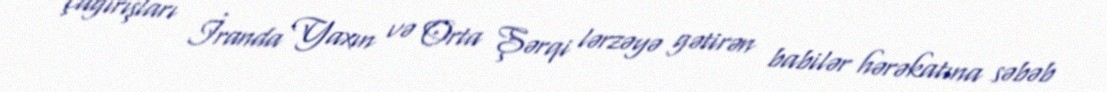
çağırışları İranda Yaxın və Orta Şərqi lərzəyə gətirən babilər hərəkatına səbəb